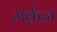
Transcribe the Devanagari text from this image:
मर्क़ज़